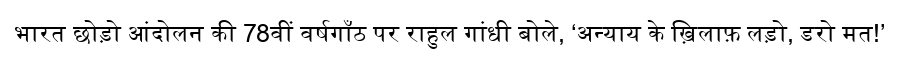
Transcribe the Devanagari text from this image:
भारत छोड़ो आंदोलन की 78वीं वर्षगाँठ पर राहुल गांधी बोले, ‘अन्याय के ख़िलाफ़ लड़ो, डरो मत!’